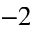
^ { - 2 }